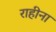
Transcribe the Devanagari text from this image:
राहीना